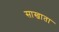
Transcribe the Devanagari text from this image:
साखाता